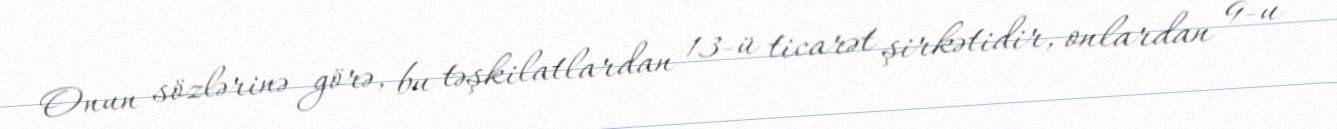
Onun sözlərinə görə, bu təşkilatlardan 13-ü ticarət şirkətidir, onlardan 9-u